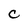
Character: C